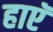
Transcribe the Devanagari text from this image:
हाएॅ